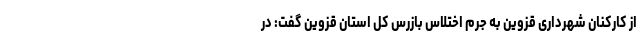
از کارکنان شهرداری قزوین به جرم اختلاس بازرس کل استان قزوین گفت: در